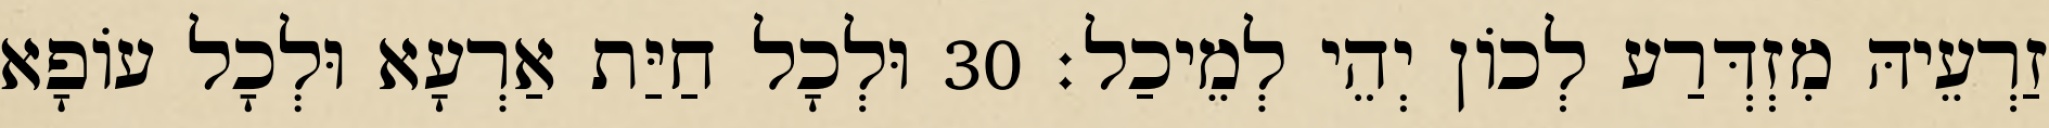
זַרְעֵיהּ מִזְדְּרַע לְכוֹן יְהֵי לְמֵיכַל׃ 30 וּלְכָל חַיַּת אַרְעָא וּלְכָל עוֹפָא